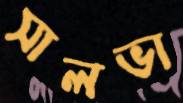
সালভা